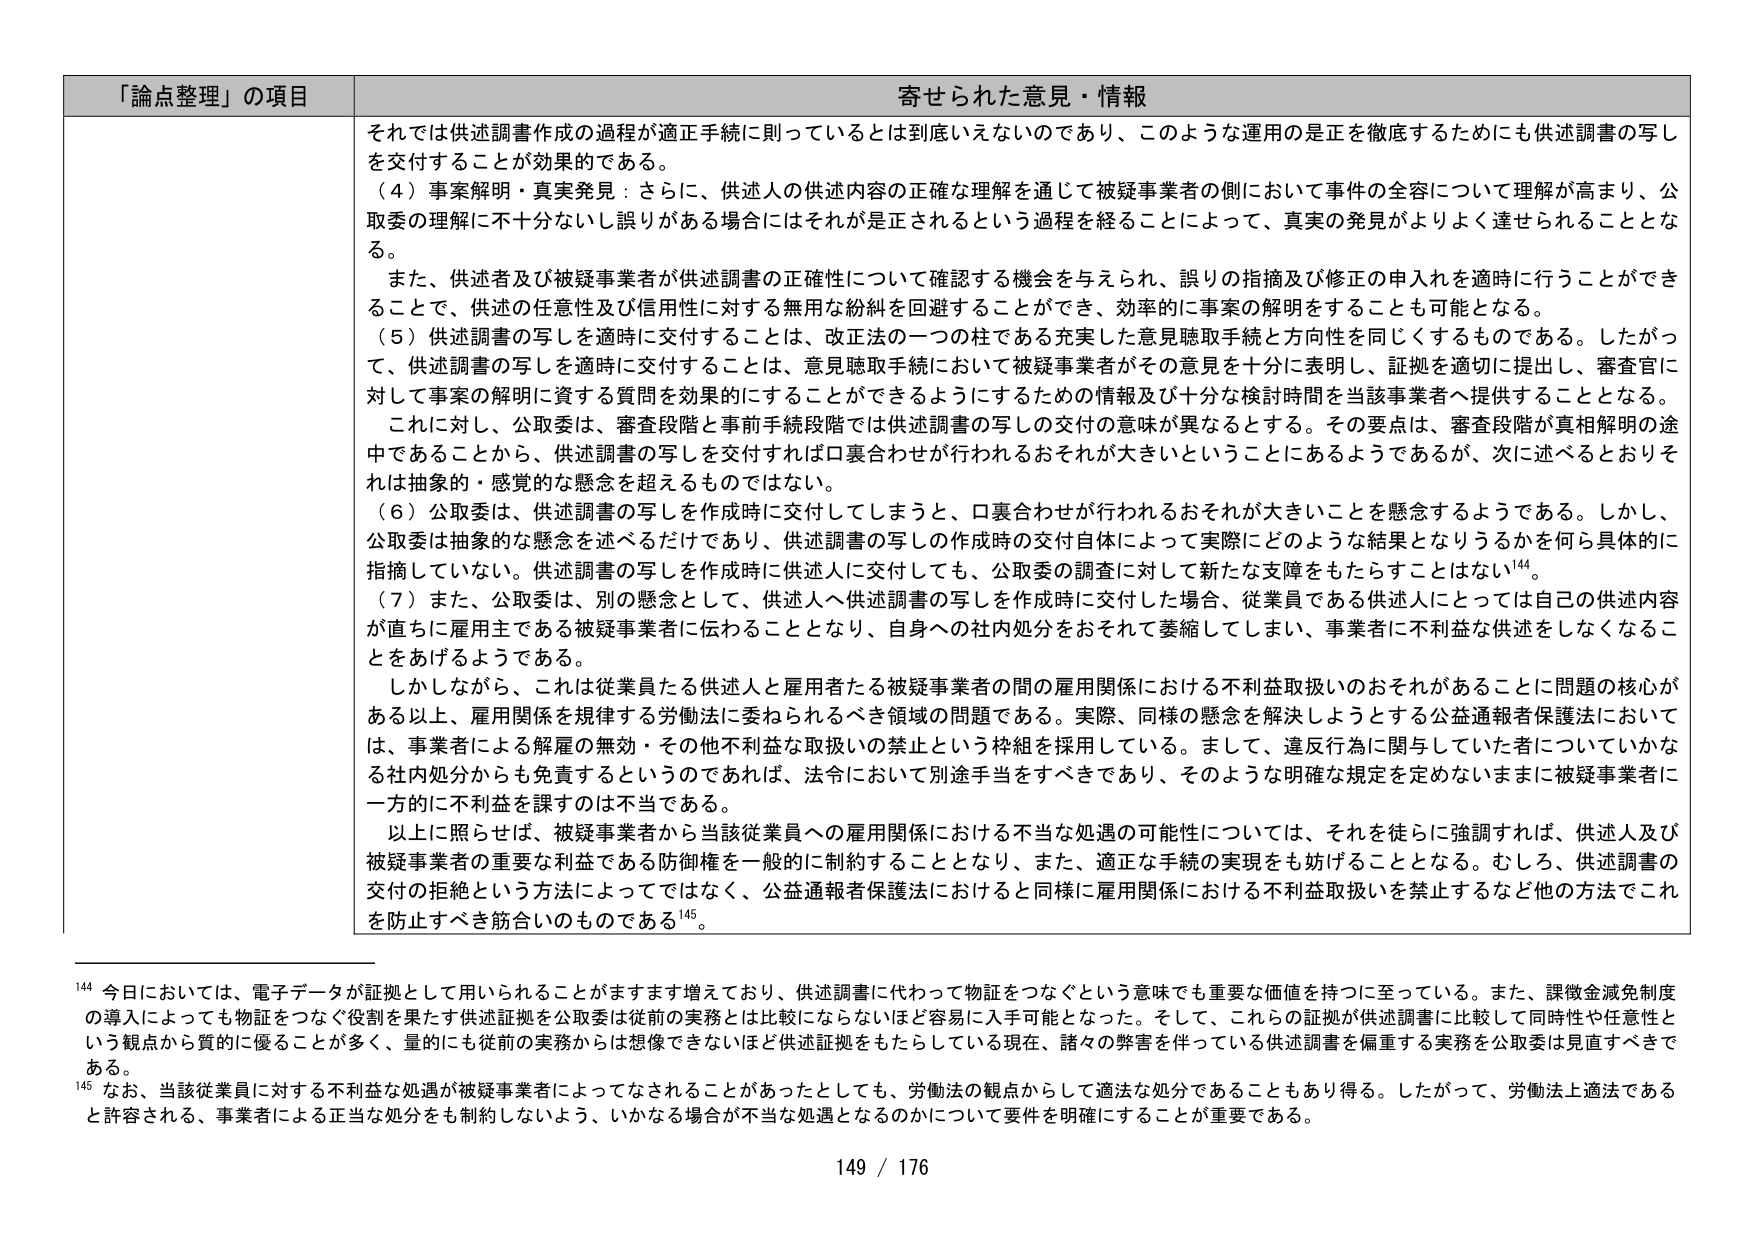
「論点整理」の項目 寄せられた意見・情報
それでは供述調書作成の過程が適正手続に則っているとは到底いえないのであり、このような運用の是正を徹底するためにも供述調書の写しを交付することが効果的である。
（４）事案解明・真実発見：さらに、供述人の供述内容の正確な理解を通じて被疑事業者の側において事件の全容について理解が高まり、公取委の理解に不十分ないし誤りがある場合にはそれが是正されるという過程を経ることによって、真実の発見がよりよく達せられることとなる。
また、供述者及び被疑事業者が供述調書の正確性について確認する機会を与えられ、誤りの指摘及び修正の申入れを適時に行うことができることで、供述の任意性及び信用性に対する無用な紛糾を回避することができ、効率的に事案の解明をすることも可能となる。
（５）供述調書の写しを適時に交付することは、改正法の一つの柱である充実した意見聴取手続と方向性を同じくするものである。したがって、供述調書の写しを適時に交付することは、意見聴取手続において被疑事業者がその意見を十分に表明し、証拠を適切に提出し、審査官に対して事案の解明に資する質問を効果的にすることができるようにするための情報及び十分な検討時間を当該事業者へ提供することとなる。
これに対し、公取委は、審査段階と事前手続段階では供述調書の写しの交付の意味が異なるとする。その要点は、審査段階が真相解明の途中であることから、供述調書の写しを交付すれば口裏合わせが行われるおそれが大きいということにあるようであるが、次に述べるとおりそれは抽象的・感覚的な懸念を超えるものではない。
（６）公取委は、供述調書の写しを作成時に交付してしまうと、口裏合わせが行われるおそれが大きいことを懸念するようである。しかし、公取委は抽象的な懸念を述べるだけであり、供述調書の写しの作成時の交付自体によって実際にはどのような結果となりうるかを何ら具体的に指摘していない。供述調書の写しを作成時に供述人に交付しても、公取委の調査に対して新たな障害をもたらすことはない144。
（７）また、公取委は、別の懸念として、供述人へ供述調書の写しを作成時に交付した場合、従業員である供述人にとっては自己の供述内容が直ちに雇用主である被疑事業者に伝わることとなり、自身への社内処分をおそれて萎縮してしまい、事業者に不利益な供述をしなくなることをあげるようである。
しかしながら、これは従業員たる供述人と雇用者たる被疑事業者の間の雇用関係における不利益取扱いのおそれがあることに問題の核心がある以上、雇用関係を規律する労働法に委ねられるべき領域の問題である。実際、同様の懸念を解決しようとする公益通報者保護法においては、事業者による解雇の無効・その他不利益な取扱いの禁止という枠組を採用している。まして、違反行為に関与していた者についていかなる社内処分からも免責するというのであれば、法令において別途手当をすべきであり、そのような明確な規定を定めないままに被疑事業者に一方的に不利益を課すのは不当である。
以上に照らせば、被疑事業者から当該従業員への雇用関係における不当な処遇の可能性については、それを徒らに強調すれば、供述人及び被疑事業者の重要な利益である防御権を一般的に制約することとなり、また、適正な手続の実現をも妨げることとなる。むしろ、供述調書の交付の拒絶という方法によってではなく、公益通報者保護法におけると同様に雇用関係における不利益取扱いを禁止するなど他の方法でこれを防止すべき筋合いのものである145。
144 今日においては、電子データが証拠として用いられることがますます増えており、供述調書に代わって物証をつなぐという意味でも重要な価値を持つに至っている。また、課徴金減免制度の導入によっても物証をつなぐ役割を果たす供述証拠を公取委は従前の実務とは比較にならないほど容易に入手可能となった。そして、これらの証拠が供述調書に比較して同時性や任意性という観点から質的に優ることが多く、量的にも従前の実務からは想像できないほど供述証拠をもたらしている現在、諸々の弊害を伴っている供述調書を偏重する実務を公取委は見直すべきである。
145 なお、当該従業員に対する不利益な処遇が被疑事業者によってなされることがあったとしても、労働法の観点からして適法な処分であることもあり得る。したがって、労働法上適法であると許容される、事業者による正当な処分をも制約しないよう、いかなる場合が不当な処遇となるのかについて要件を明確にすることが重要である。
149 / 176